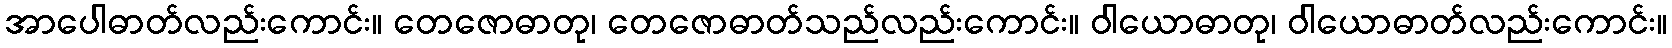
အာပေါဓာတ်လည်းကောင်း။ တေဇောဓာတု၊ တေဇောဓာတ်သည်လည်းကောင်း။ ဝါယောဓာတု၊ ဝါယောဓာတ်လည်းကောင်း။